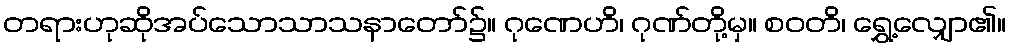
တရားဟုဆိုအပ်သောသာသနာတော်၌။ ဂုဏေဟိ၊ ဂုဏ်တို့မှ။ စဝတိ၊ ရွှေ့လျှော၏။